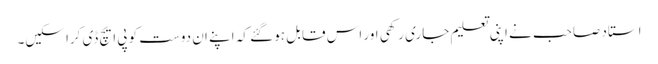
استاد صاحب نے اپنی تعلیم جاری رکھی اور اس قابل ہو گئے کہ اپنے ان دوست کو پی ایچ ڈی کرا سکیں۔